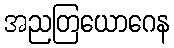
အညတြယောဂေန